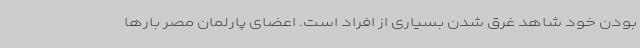
بودن خود شاهد غرق شدن بسیاری از افراد است. اعضای پارلمان مصر بارها